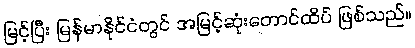
မြင့်ပြီး မြန်မာနိုင်ငံတွင် အမြင့်ဆုံးတောင်ထိပ် ဖြစ်သည်။